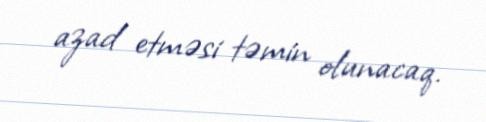
azad etməsi təmin olunacaq.